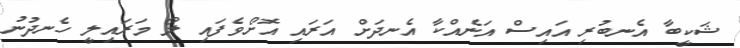
ޝަކީބާ އެނބުރި އައިސް އަނެއްކާ އެނދަށް އަރައި އޮށޯވެފައި ލޯ މަރައިލީ ހެނދުނު